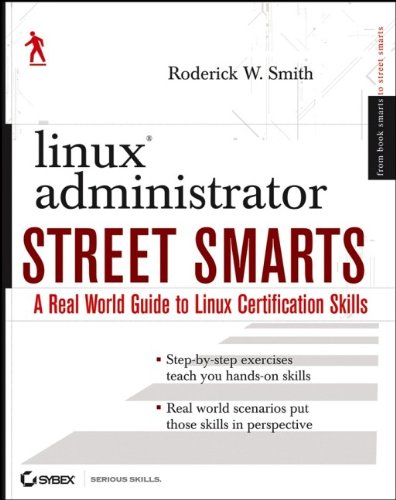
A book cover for Linux Administrator Street Smarts: A Real World Guide to Linux Certification Skills; Roderick W. Smith; Computers & Technology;